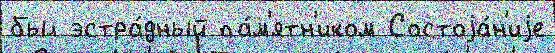
был эстра́дный па́м'ятн'иком Состоjа́н'иjе